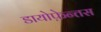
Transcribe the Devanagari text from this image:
डायोफ़ेन्तस